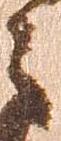
之